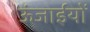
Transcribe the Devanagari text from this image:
ऊंजाईयों